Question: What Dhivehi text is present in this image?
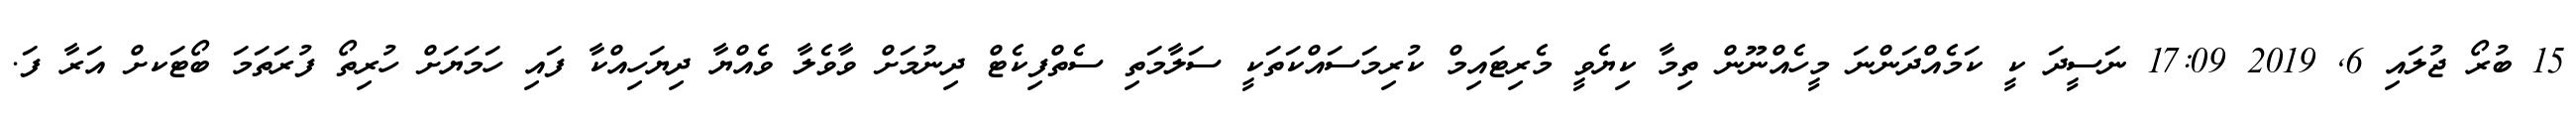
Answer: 15 ބުރޯ ޖުލައި 6, 2019 17:09 ނަސީދަ ކީ ކަމެއްދަންނަ މީހެއްނޫން ތިމާ ކިޔެވީ މެރިޓައިމް ކުރިމަސައްކަތަކީ ސަލާމަތި ސެތްފިކެޓް ދިނުމަށް ވާވެލާ ވެއްޔާ ދިޔަހިއްކާ ފައި ހަމަޔަށް ހުރިތޯ ފުރަތަމަ ބޯޓަކށް އަރާ ފަ.